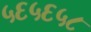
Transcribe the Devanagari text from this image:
५६५६५८